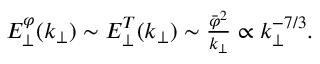
\begin{array} { r } { E _ { \perp } ^ { \varphi } ( k _ { \perp } ) \sim E _ { \perp } ^ { T } ( k _ { \perp } ) \sim \frac { \bar { \varphi } ^ { 2 } } { k _ { \perp } } \propto k _ { \perp } ^ { - 7 / 3 } . } \end{array}